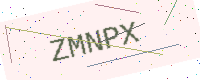
Text: ZMNPX